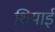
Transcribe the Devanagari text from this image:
शियाई